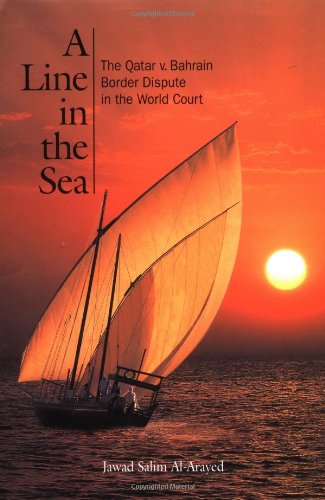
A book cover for A Line in the Sea: The Qatar v. Bahrain Border Dispute in the World Court; Jawad Al-Arayd; History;